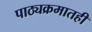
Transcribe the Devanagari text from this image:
पाठ्यक्रमातही